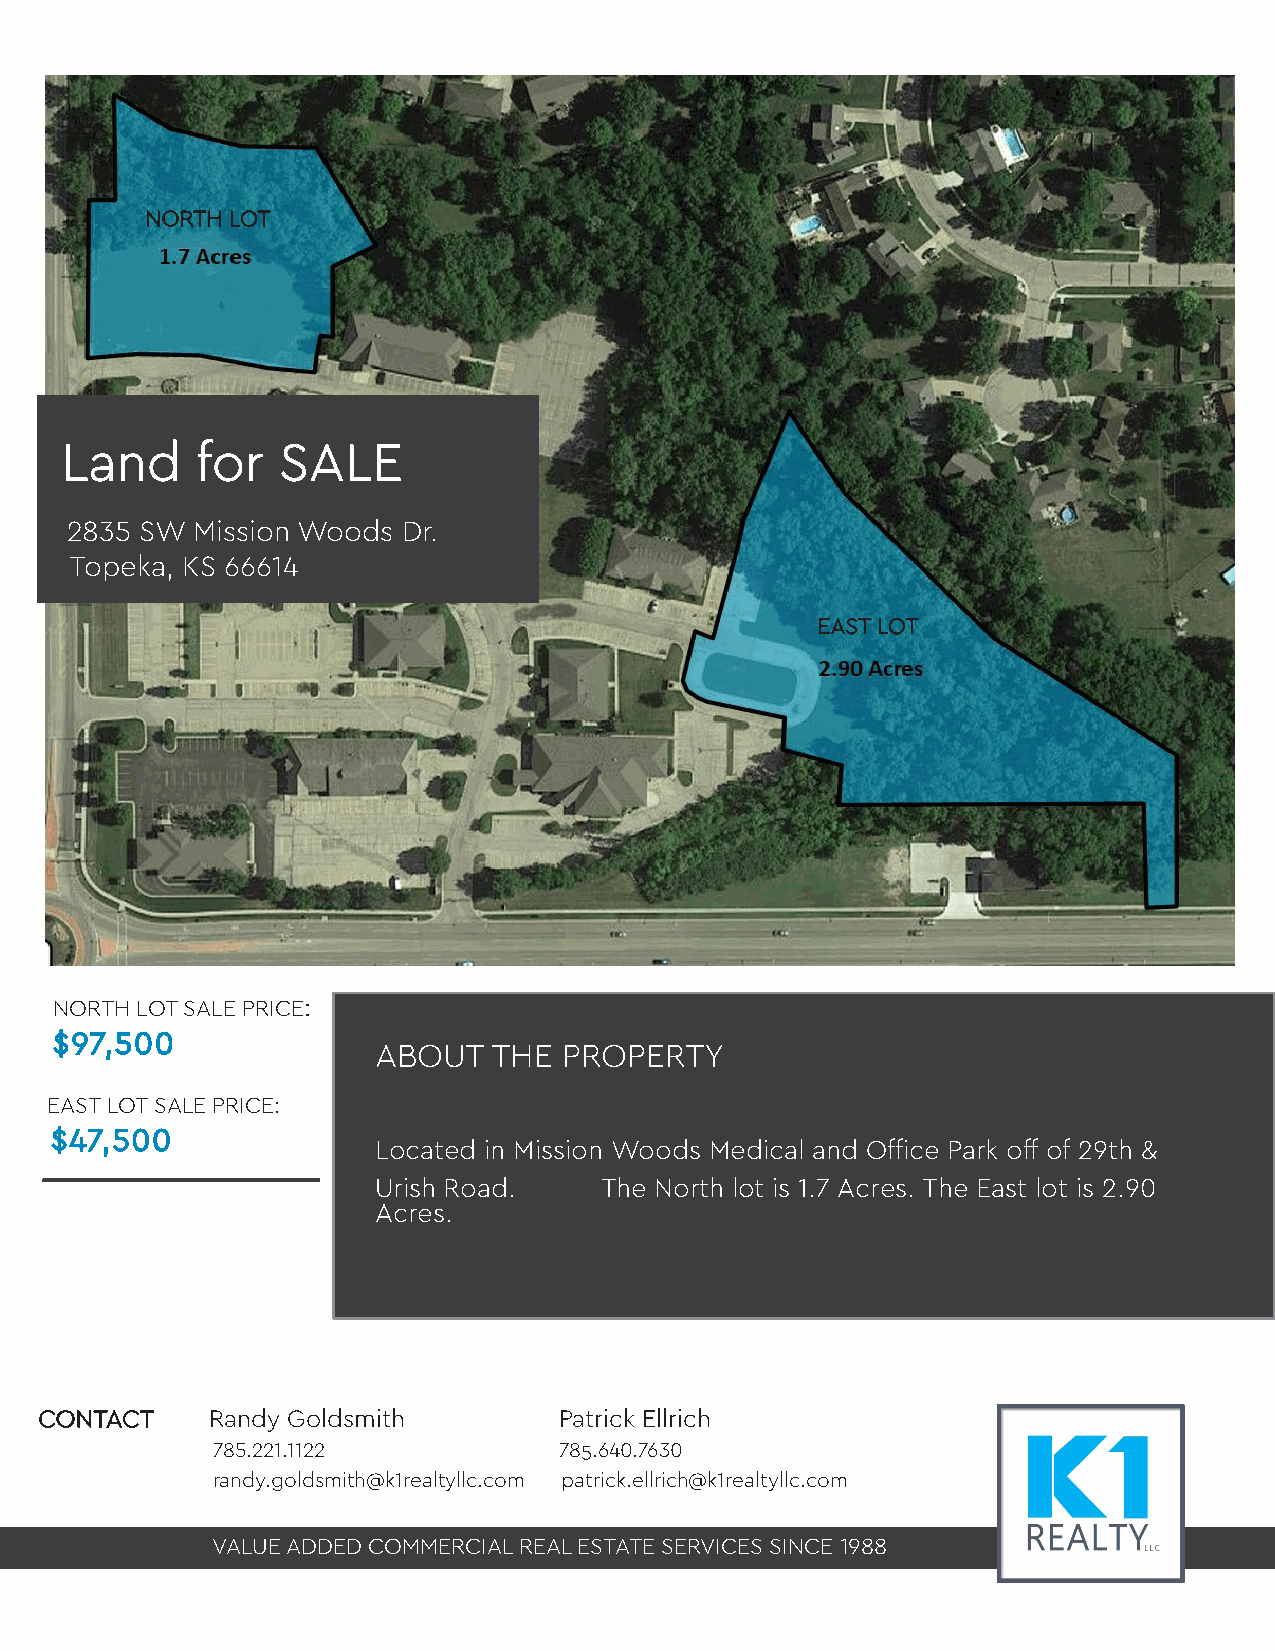
NNOORRTTHH LLOOTT
 LLaanndd ffoorr SSAALLEE
 2835 SW  Mission Woods Dr.
 Topeka, KS 66614
 EEAASSTT LLOOTT
 NORTH LOT SALE PRICE:
 $$9977,,550000
 A B O U T THE PROPERTY
 EAST LOT SALE PRICE:
 $$4477,,550000
 Located in Mission Woods Medical and Office Park off of 29th &
 Urish Road.    The North lot is 1.7 Acres. The East lot is 2.90
 Acres.
 CCOONNTTAACCTT Randy Goldsmith    Patrick Ellrich
 785.221.1122           785.640.7630
 randy.goldsmith@k1realtyllc.com patrick.ellrich@k1realtyllc.com
 VALUE ADDED COMMERCIAL REAL ESTATE SERVICES SINCE 1988